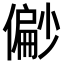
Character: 𫣪